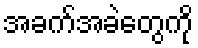
အခက်အခဲတွေကို